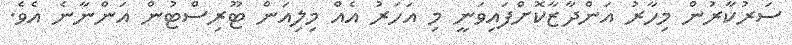
ސަރުކާރުން މިހާރު އަންދާޒާކޮށްފައިވަނީ މި އަހަރު އެއް މިލިއަން ޓޫރިސްޓުން އަންނާނެ އެވެ.